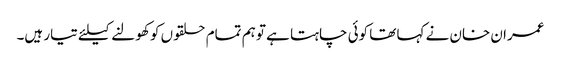
عمران خان نے کہا تھا کوئی چاہتا ہے تو ہم تمام حلقوں کو کھولنے کیلئے تیار ہیں۔